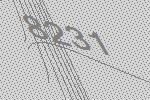
8231